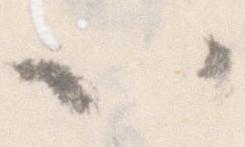
以